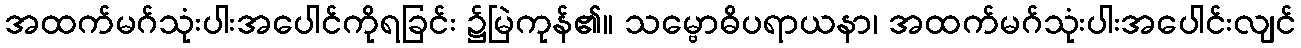
အထက်မဂ်သုံးပါးအပေါင်ကိုရခြင်း ၌မြဲကုန်၏။ သမ္ဗောဓိပရာယနာ၊ အထက်မဂ်သုံးပါးအပေါင်းလျင်